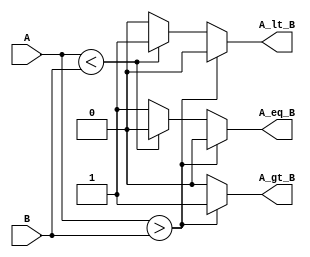
module ParameterizedComparator #(
    parameter WIDTH = 8  // Parameterized width of the inputs
)(
    input  wire [WIDTH-1:0] A,  // Input A
    input  wire [WIDTH-1:0] B,  // Input B
    output reg  A_gt_B,         // A greater than B
    output reg  A_lt_B,         // A less than B
    output reg  A_eq_B          // A equal to B
);

// Always block for comparison logic
always @(*) begin
    // Initialize outputs
    A_gt_B = 1'b0;
    A_lt_B = 1'b0;
    A_eq_B = 1'b0;

    // Perform comparisons
    if (A > B) begin
        A_gt_B = 1'b1;
    end else if (A < B) begin
        A_lt_B = 1'b1;
    end else begin
        A_eq_B = 1'b1;
    end
end

endmodule